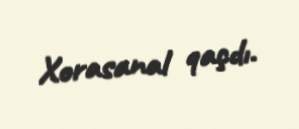
Xorasanal qaçdı.